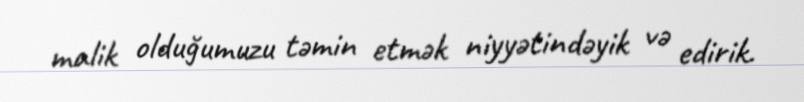
malik olduğumuzu təmin etmək niyyətindəyik və edirik.